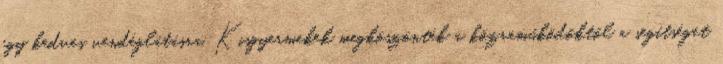
egy kedves vendéglátásra. Kisgyermekek megköszönték a közreműködőktől a segítséget